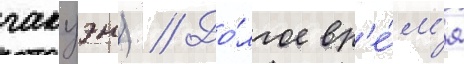
гакуэн) // До́лгое вр'е́м'я